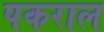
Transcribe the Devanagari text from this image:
पकराल